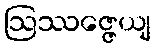
ဩဿဇ္ဇေယျ